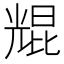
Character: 尡